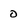
Character: 0